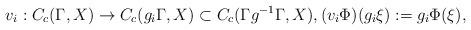
LaTeX: \begin{align*}v_{i}:C_{c}(\Gamma,X)&\to C_{c}(g_{i}\Gamma, X)\subset C_{c}(\Gamma g^{-1} \Gamma, X),(v_{i}\Phi)(g_{i}\xi):=g_{i}\Phi(\xi),\end{align*}